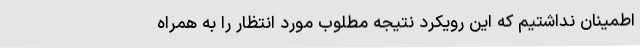
اطمینان نداشتیم که این رویکرد نتیجه مطلوب مورد انتظار را به همراه